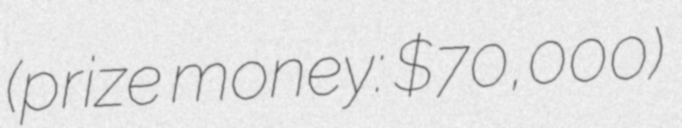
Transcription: (prize money: $70,000)